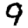
Digit: 9